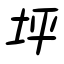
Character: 坪